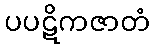
ပပဋိကဇာတံ